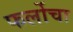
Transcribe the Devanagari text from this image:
फर्लोचा